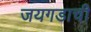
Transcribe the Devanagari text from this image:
जयगडाची